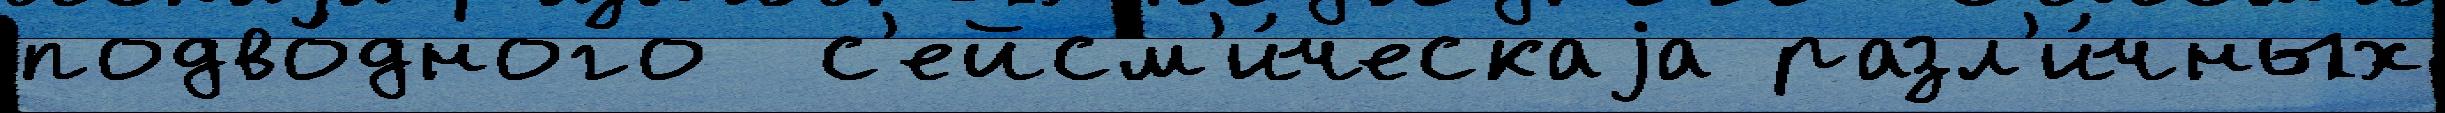
подво́дного  с'ейсм'и́ческаjа разл'и́чных